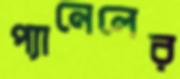
প্যানেলের